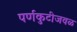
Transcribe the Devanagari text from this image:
पर्णकुटीजवळ